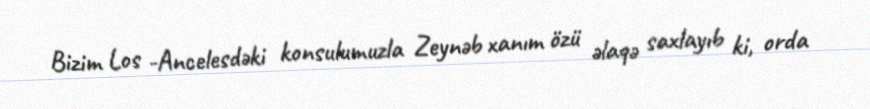
Bizim Los -Ancelesdəki konsulumuzla Zeynəb xanım özü əlaqə saxlayıb ki, orda